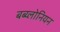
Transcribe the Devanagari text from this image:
बब्य्लोनियन